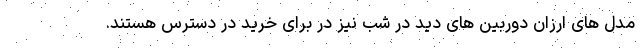
مدل های ارزان دوربین های دید در شب نیز در برای خرید در دسترس هستند.